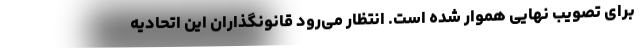
برای تصویب نهایی هموار شده است. انتظار می‌رود قانونگذاران این اتحادیه